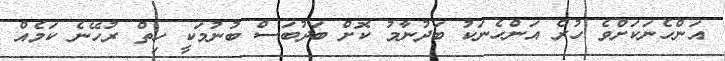
އަންހެނަކަށްވެ ހުރެ އަންހެނަކު ބަދުނާމު ކޮށް ބަދުބަސް ބުނުމަކީ ހިތް ރުހޭނެ ކަމެއް